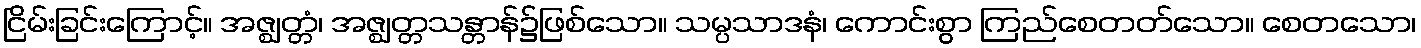
ငြိမ်းခြင်းကြောင့်။ အဇ္ဈတ္တံ၊ အဇ္ဈတ္တသန္တာန်၌ဖြစ်သော။ သမ္ပသာဒနံ၊ ကောင်းစွာ ကြည်စေတတ်သော။ စေတသော၊